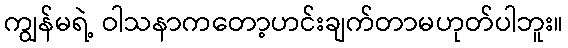
ကျွန်မရဲ့ ဝါသနာကတော့ဟင်းချက်တာမဟုတ်ပါဘူး။